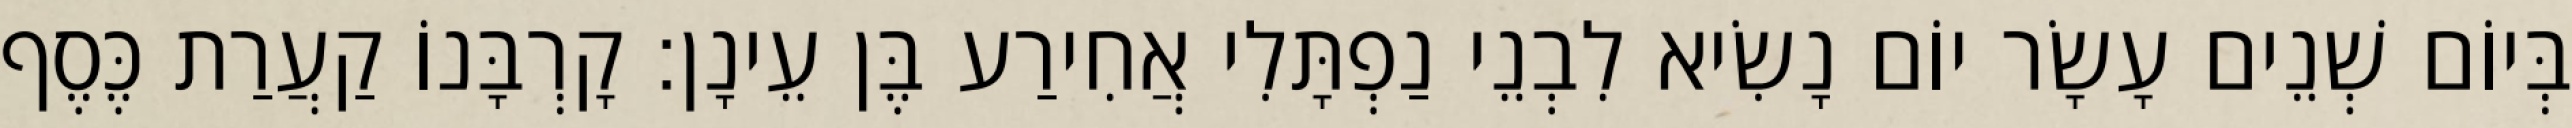
בְּיוֹם שְׁנֵים עָשָׂר יוֹם נָשִׂיא לִבְנֵי נַפְתָּלִי אֲחִירַע בֶּן עֵינָן׃ קָרְבָּנוֹ קַעֲרַת כֶּסֶף